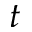
t